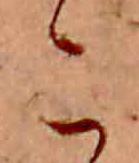
こ